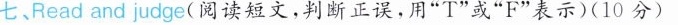
七,Read and judge(阅读短文,判断正误,用"T"或"F"表示)(10分)